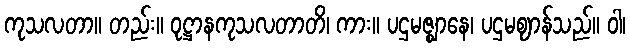
ကုသလတာ။ တည်း။ ဝုဋ္ဌာနကုသလတာတိ၊ ကား။ ပဌမဇ္ဈာနေ၊ ပဌမဈာန်သည်။ ဝါ၊